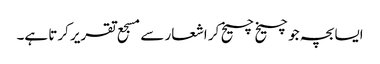
ایسا بچہ جو چیخ چیخ کر اشعار سے مسجع تقریر کرتا ہے۔